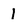
Character: I